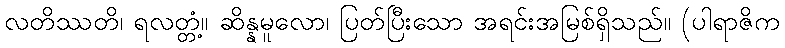
လတိဿတိ၊ ရလတ္တံ့။ ဆိန္နမူလော၊ ပြတ်ပြီးသော အရင်းအမြစ်ရှိသည်။ (ပါရာဇိက